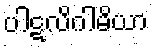
ပါဋလိဂါမိယာ